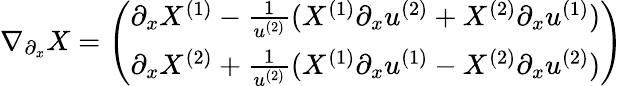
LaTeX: \nabla_{\partial_{x}}X=\left(\begin{array}{l}{\partial_{x}X^{(1)}-\frac{1}{u^{(2)}}(X^{(1)}\partial_{x}u^{(2)}+X^{(2)}\partial_{x}u^{(1)})}\\ {\partial_{x}X^{(2)}+\frac{1}{u^{(2)}}(X^{(1)}\partial_{x}u^{(1)}-X^{(2)}\partial_{x}u^{(2)})}\end{array}\right)